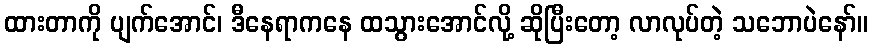
ထားတာကို ပျက်အောင်၊ ဒီနေရာကနေ ထသွားအောင်လို့ ဆိုပြီးတော့ လာလုပ်တဲ့ သဘောပဲနော်။